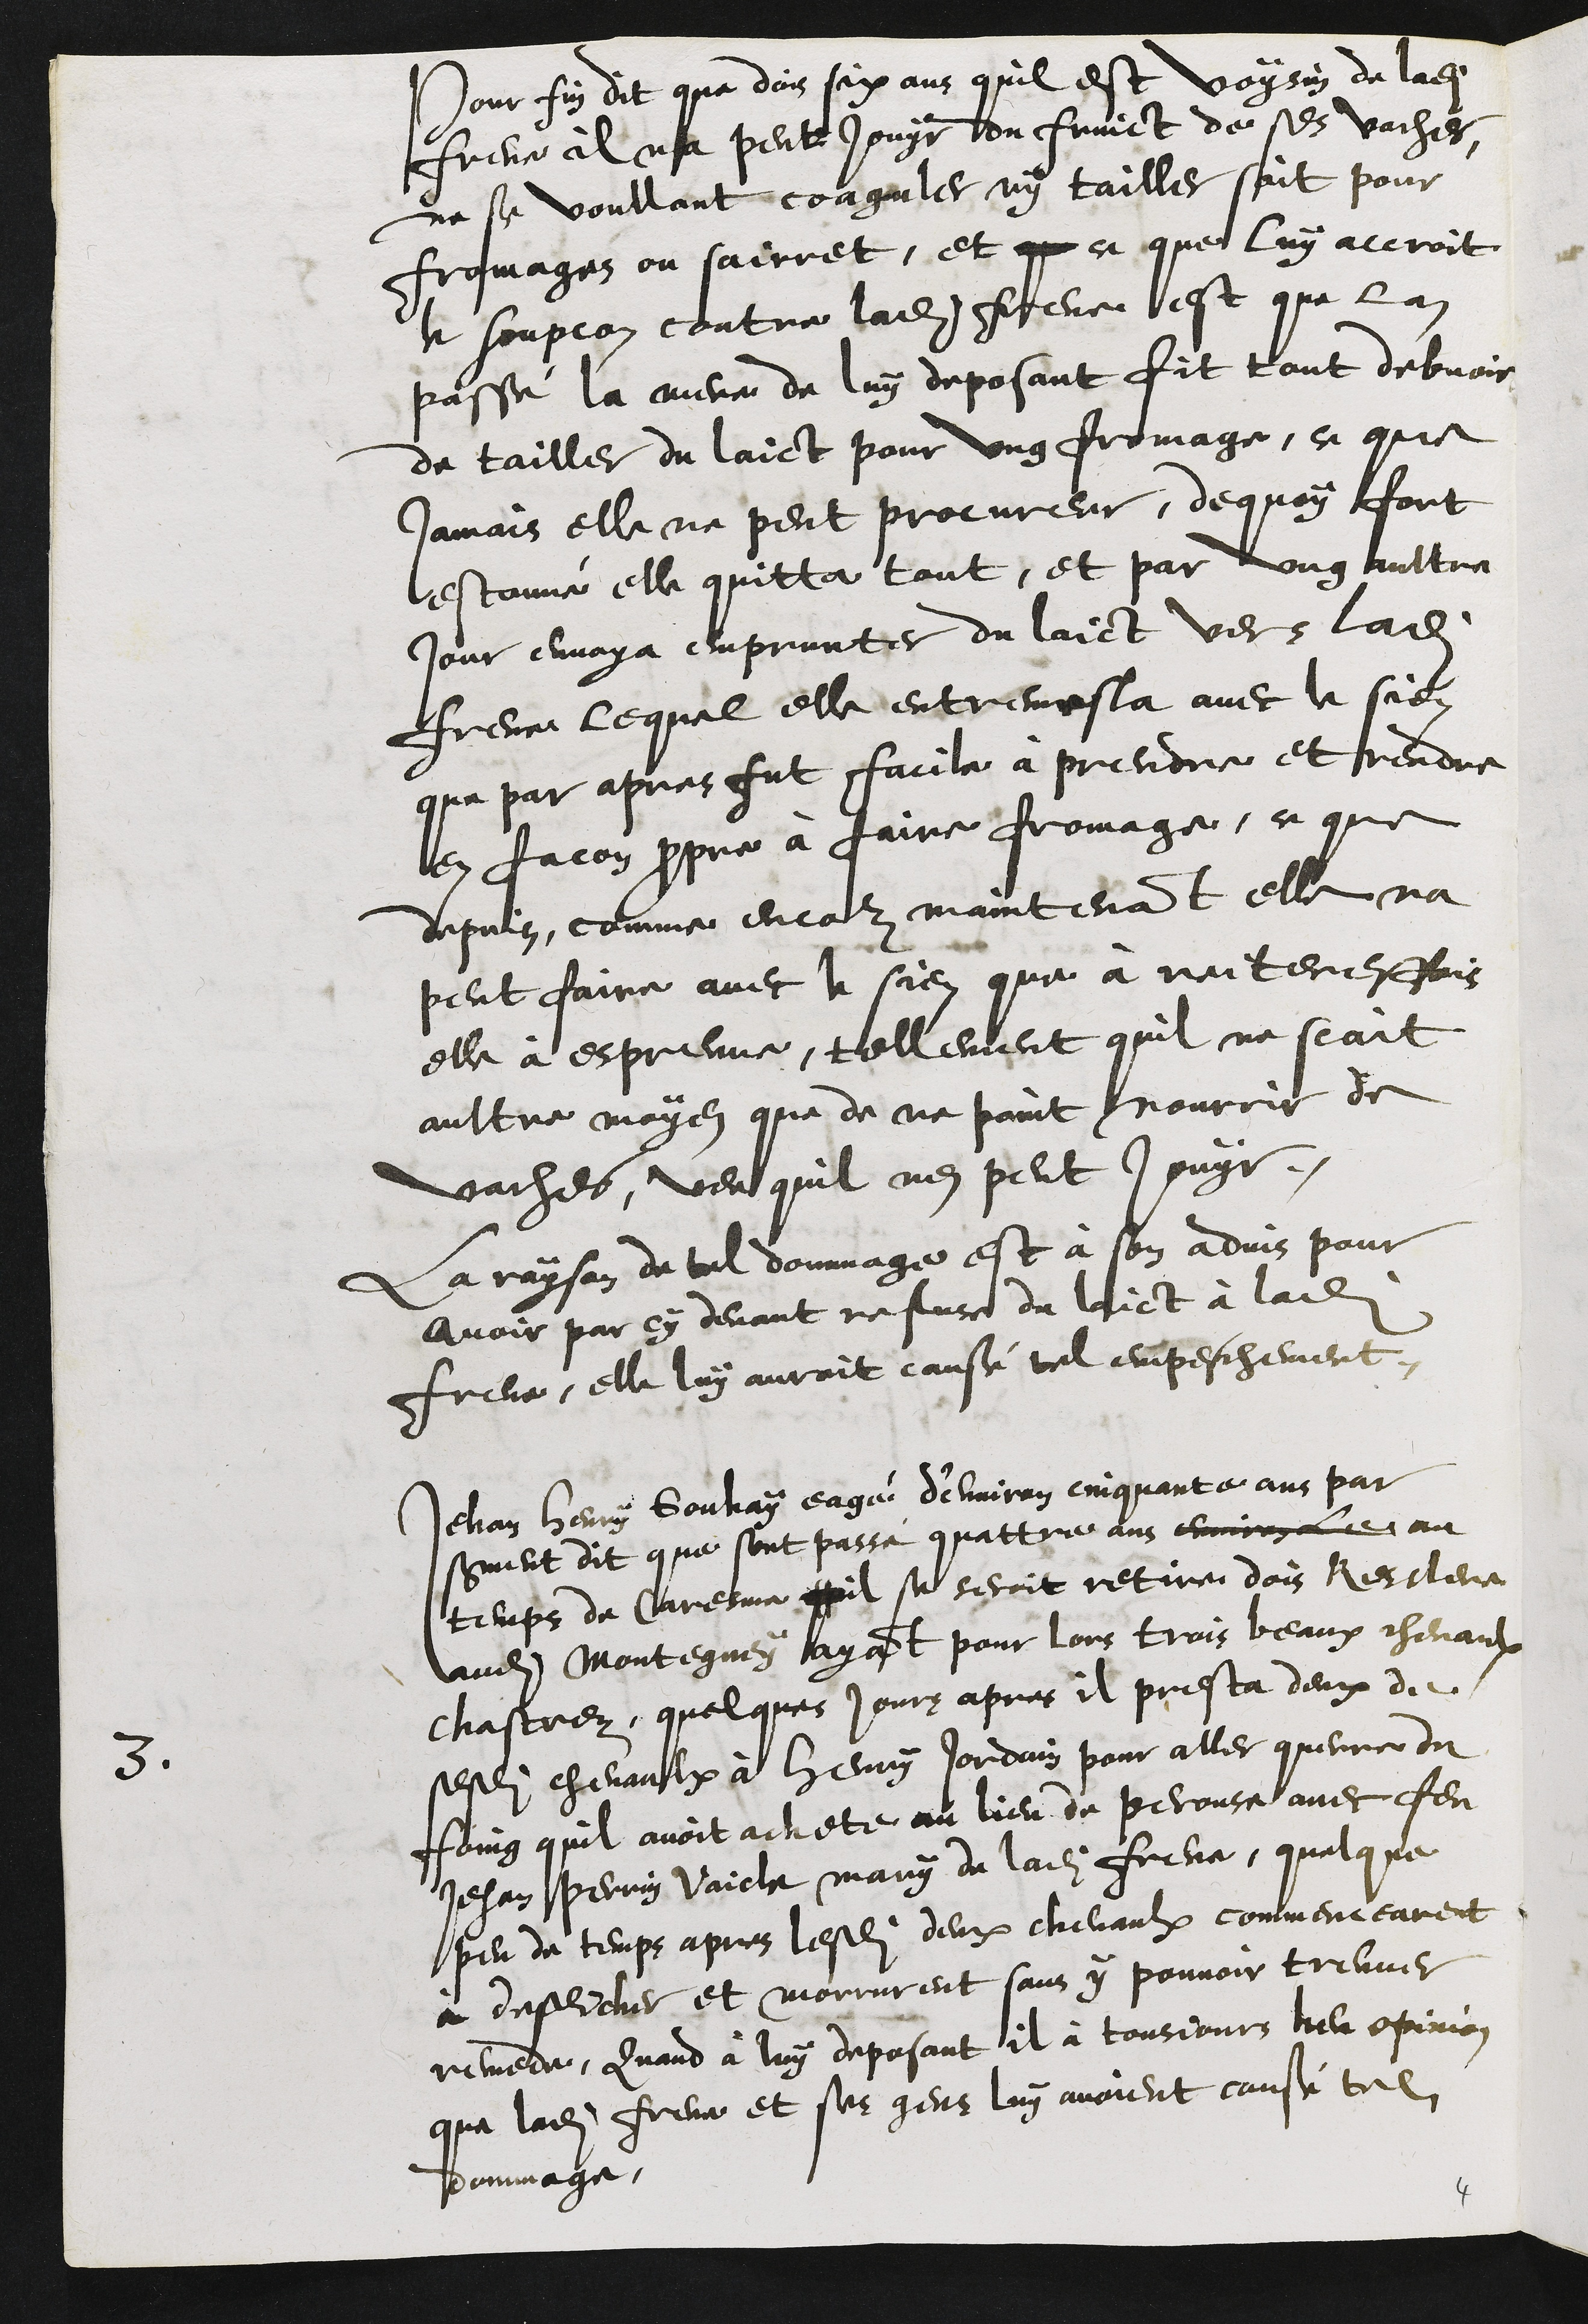
Pour fin dit que dois six ans quil est voysin de ladite
Frene il ne peut jouyr du fruict de ses vaches,
ne se voullant coaguler ny tailler soit pour
fromages ou sairret, et que ce que luy accroit
le soupcon contre ladite Frene est que lan
passé la mere de luy deposant fit tout debvoir
de tailler du laict pour ung fromage, ce que
jamais elle ne peut procureur, dequoy fort
estonné elle quitta tout, et par ung aultre
jour envoya emprunter du laict vers ladite
Frene lequel elle entremesla avec le sien
que par apres fut facile à prendre et rendre
en facon propre à faire fromage, ce que
depuis, comme encor maintenant elle na
peut faire avec le sien que à reiteresfois
elle à espreuve, tellement quil ne scait
aultre moyen que de ne point nourrir de
vaches, veu quil nen peut jouyr,
La rayson de tel dommage est à son advis pour
avoir par cy devant refuse du laict à ladite
Frene, elle luy auroit causé tel empeschement.
3
Jehan Henry Gouhay eagé d'environ cinquante ans par
serment dit que sont passé quattre ans environ les au
temps de Caresme quil se seroit retire dois Resclere
audit Montegney ayant pour lors trois beaux chevaulx
chastrez, quelques jours apres il presta deux de
sesdits chevaulx à Henry Jordain pour aller querre du
foing quil avoit achete au lieu de perouse avec feu
Jehan Perrin Vaicle mary de ladite Frene, quelque
peu de temps apres lesdits deux chevaulx commencearent
à deseicher et morrurent sans y pouvoir treuver
remede, Quand à luy deposant il à tousjours heu opinion
que ladite Frene et ses gens luy avoient causé tel
dommage,
4